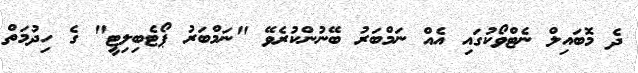
ދެ މޮބައިލް ނެޓްވޯކުގައި އެއް ނަމްބަރު ބޭނުންކުރެވޭ "ނަމްބަރު ޕޯޓެބިލިޓީ" ގެ ހިދުމަތް